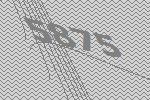
5875